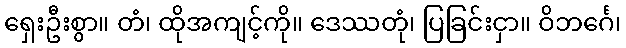
ရှေးဦးစွာ။ တံ၊ ထိုအကျင့်ကို။ ဒေဿတုံ၊ ပြခြင်းငှာ။ ဝိဘင်္ဂေ၊